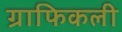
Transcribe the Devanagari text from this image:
ग्राफिकली